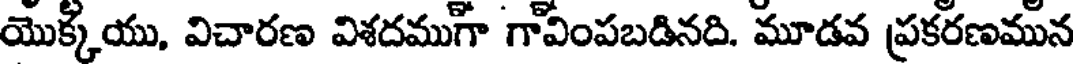
యొక్కయు, విచారణ విశదముగా గావింపబడినది. మూడవ ప్రకరణమున